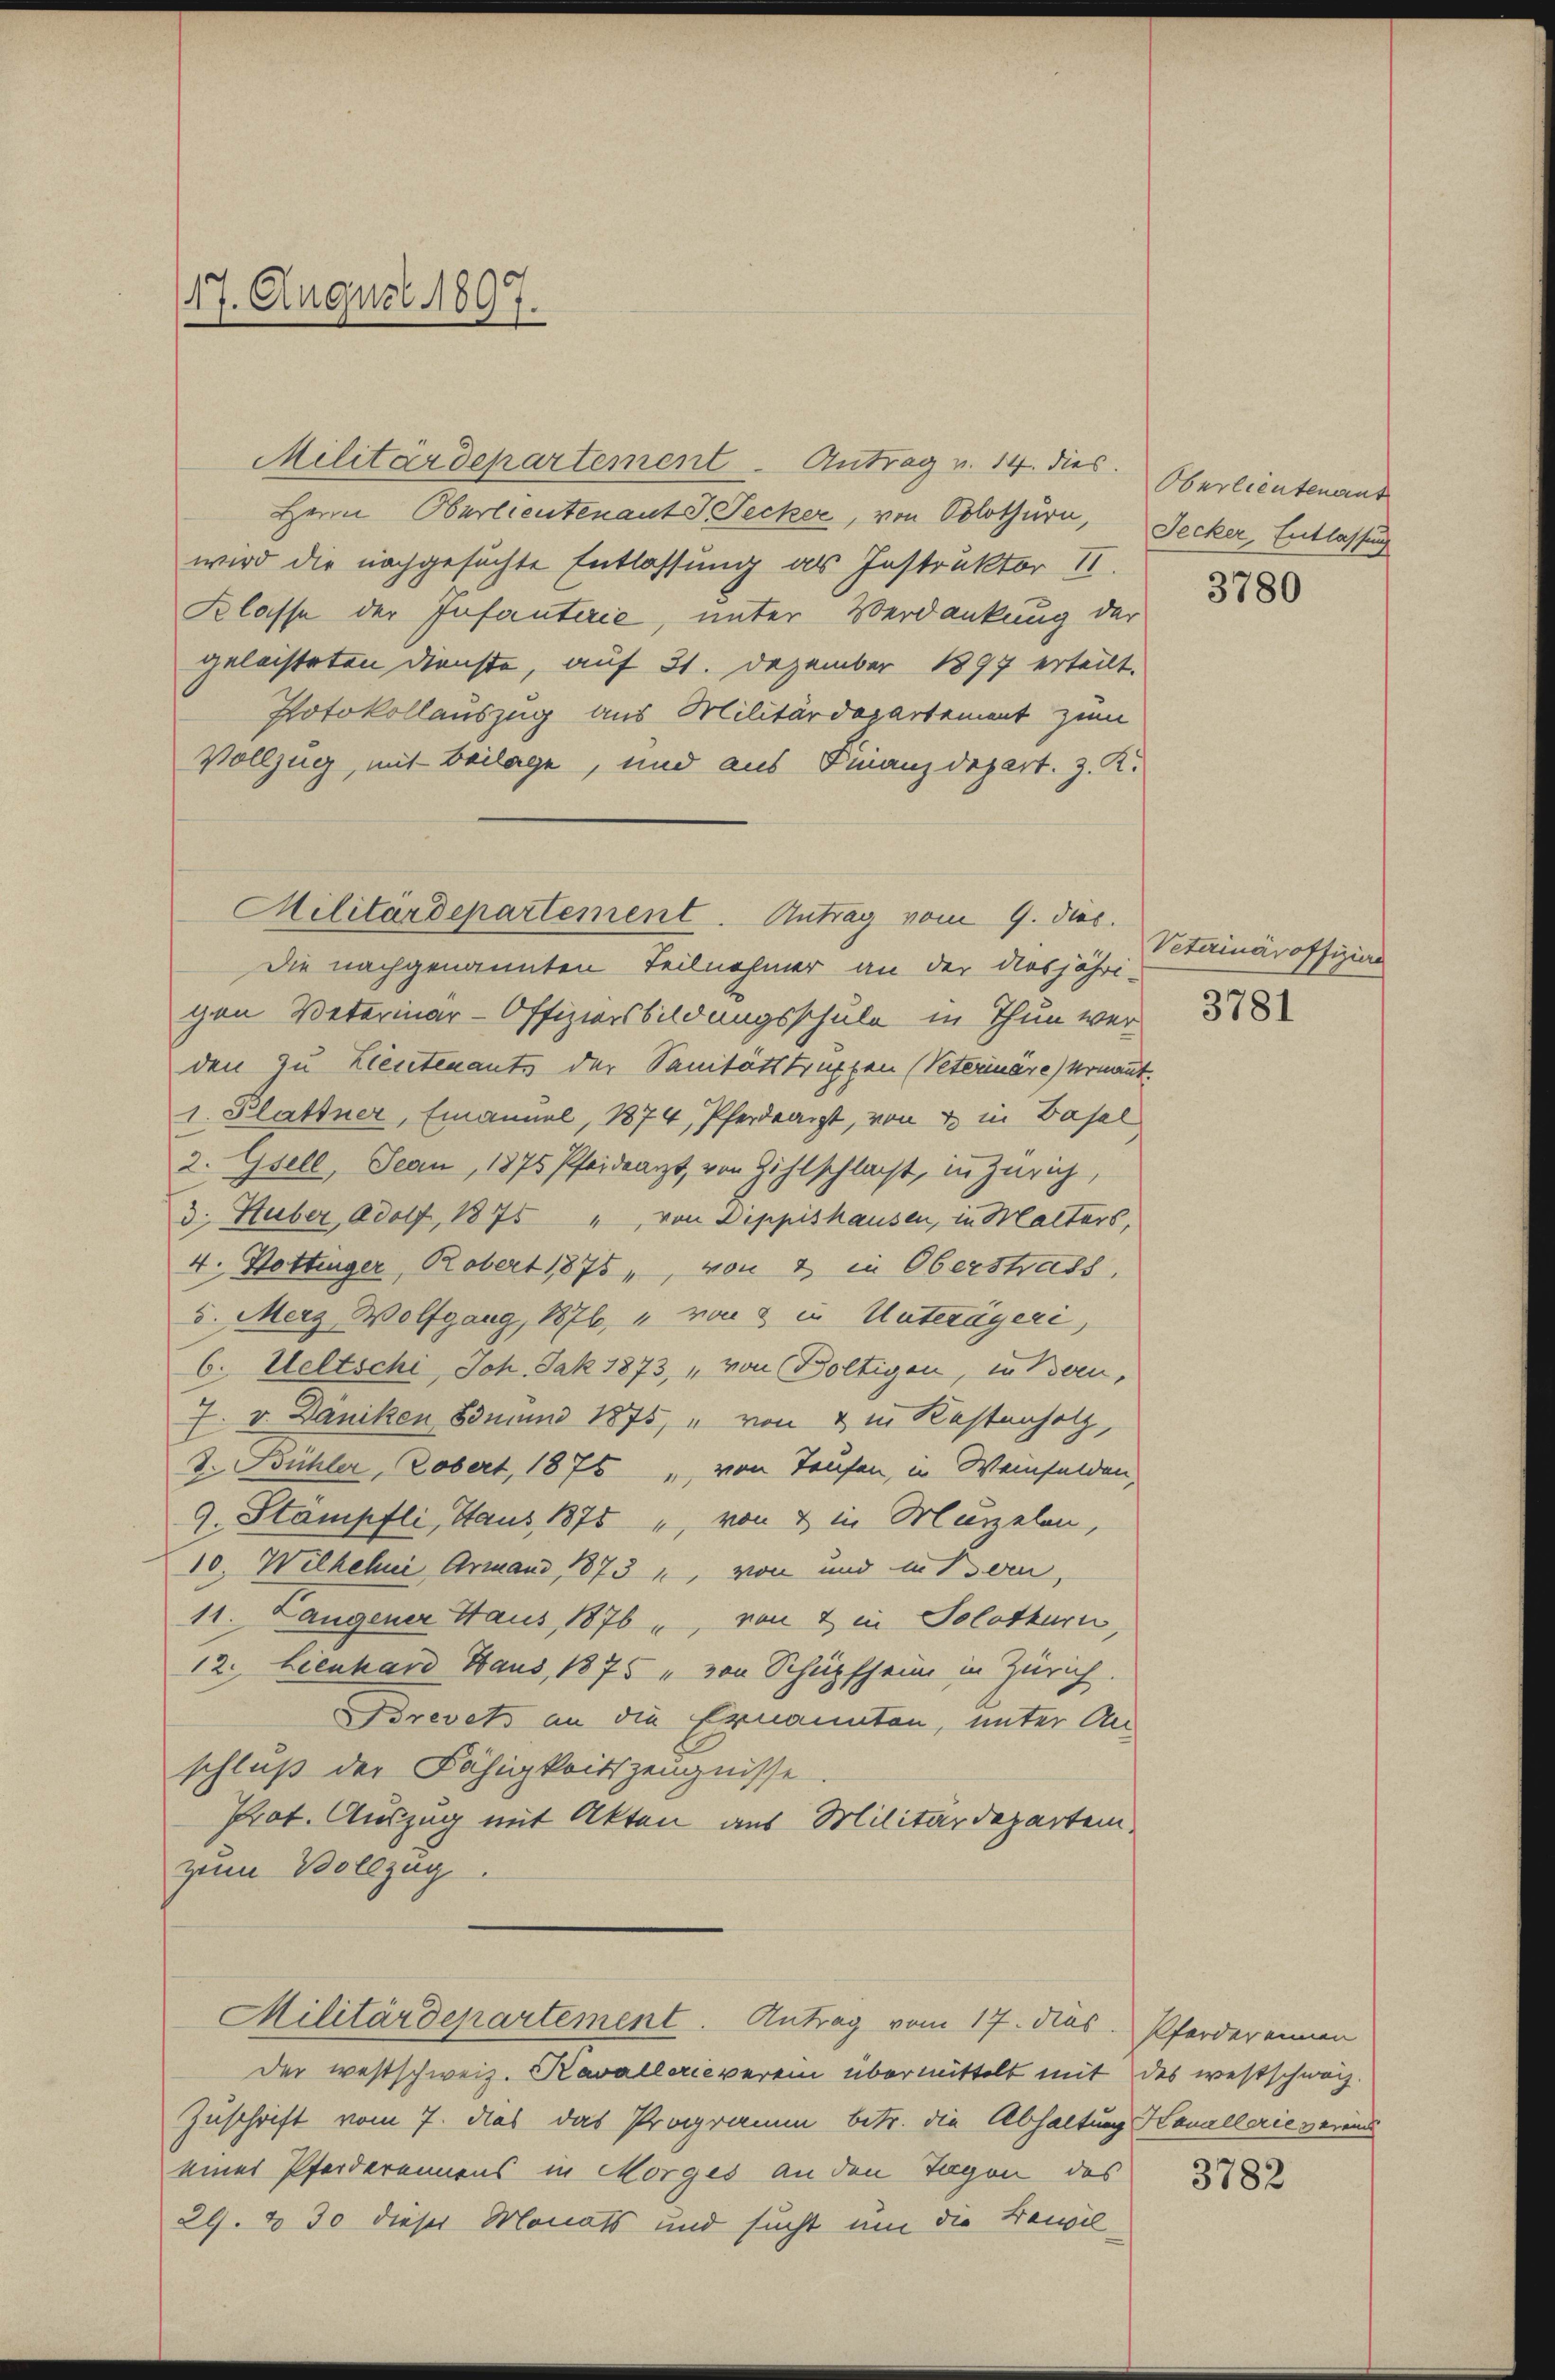
117. August 1897.

Militärdepartement. Antrag v. 14. dies
Herrn Oberlieutenant J. Secker, von Solothurn, Jecker, Entlassung
wird die nachgesuchte Entlassung als Instruktor II.
Klasse der Infanterie, unter Verdankung der
geleisteten Dienste, auf 31. Dezember 1897 erteilt.
Potokollauszug aus Militärdepartement zum
Vollzug, mit Beilage, und aus Finanzdepart. z. K.
Die nachgenannten Teilnehmer an der diesjähri-
gen Veterinar-Offiziersbildungsschule in Thun wer-
den zu Leutenants der Sanitätstruppen (Peterinäre) vermant.
1. Plattner, Emanuel, 1874, Pferdearzt, von 4. in Basel
2. Gsell, Jean, 1875 Pferdearzt, von Zihlschlacht, in Zürich,
3. Huber, Adolf, 1875 " von Dippishausen, in Malters,
4. Hottinger, Robert 1875, von 2 in Oberstrats,
u. Merz Wolfgang, 1876, „ von 2 in Unterägeri,
6. Weltschi, Joh. Jak 1873, „von Boltigen, in Bern,
7. v. Däniken und 1875, " von & in Kostenholz,
d. Bühler, Zobert, 1875 " von Taufen, in Weinfelden,
9. Stampfli, Haus, 1875 " von & in Marzelen,
10. Wilhelmi Armann 1873 1, von und in Bern,
11. Langener Haus 1876 u. von 2 in Solothurn,
12. Lienhard Haus, 1875 „von Schüpfheim in Zürich.
Brevets an die Ernannten, unter An-
schluß der Fähigkeitszeugnisse.
Prot. Auszug mit Akten aus Militärdepartem
zum Vollzug.
Militärdepartement. Antrag vom 17. das Pferderennen
der westschweiz. Kavallerieverein übermittelt mit des westschweiz.
Zuschrift vom 7. dies das Programm betr. die Abhaltung Hanallerie verein
eines Pferderennens in Morges an den Tagen des
29. u 30 dieser Monats und sucht um die Bewil¬

Militärdepartement. Antrag vom 9. dez.

Oberlieutenant

3780

Veterinäroffizian

3781

3782